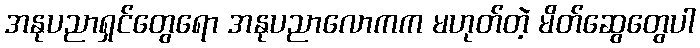
အနုပညာရှင်တွေရော အနုပညာလောကက မဟုတ်တဲ့ မိတ်ဆွေတွေပါ